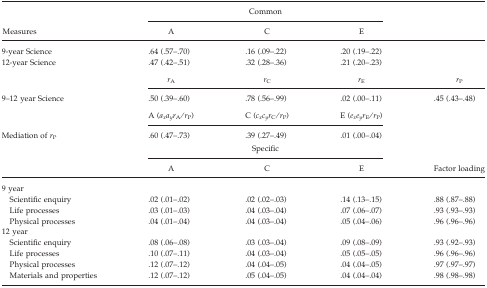
<table><thead><tr><td>[EMPTY_CELL]</td><td colspan="3"><b>Common</b></td><td>[EMPTY_CELL]</td></tr><tr><td><b>Measures</b></td><td><b>A</b></td><td><b>C</b></td><td><b>E</b></td><td>[EMPTY_CELL]</td></tr></thead><tbody><tr><td>9-year Science</td><td>.64 (.57–.70)</td><td>.16 (.09–.22)</td><td>.20 (.19–.22)</td><td>[EMPTY_CELL]</td></tr><tr><td>12-year Science</td><td>.47 (.42–.51)</td><td>.32 (.28–.36)</td><td>.21 (.20–.23)</td><td>[EMPTY_CELL]</td></tr><tr><td>[EMPTY_CELL]</td><td><i>r</i><sub>A</sub></td><td><i>r</i><sub>C</sub></td><td><i>r</i><sub>E</sub></td><td><i>r</i><sub>P</sub></td></tr><tr><td>9–12 year Science</td><td>.50 (.39–.60)</td><td>.78 (.56–.99)</td><td>.02 (.00–.11)</td><td>.45 (.43–.48)</td></tr><tr><td>[EMPTY_CELL]</td><td>A (<i>a</i><sub><i>x</i></sub><i>a</i><sub><i>y</i></sub><i>r</i><sub>A</sub>/<i>r</i><sub>P</sub>)</td><td>C (<i>c</i><sub><i>x</i></sub><i>c</i><sub><i>y</i></sub><i>r</i><sub>C</sub>/<i>r</i><sub>P</sub>)</td><td>E (<i>e</i><sub><i>x</i></sub><i>e</i><sub><i>y</i></sub><i>r</i><sub>E</sub>/<i>r</i><sub>P</sub>)</td><td>[EMPTY_CELL]</td></tr><tr><td>Mediation of <i>r</i><sub>P</sub></td><td>.60 (.47–.73)</td><td>.39 (.27–.49)</td><td>.01 (.00–.04)</td><td>[EMPTY_CELL]</td></tr><tr><td>[EMPTY_CELL]</td><td colspan="3">Specific</td><td>[EMPTY_CELL]</td></tr><tr><td>[EMPTY_CELL]</td><td>A</td><td>C</td><td>E</td><td>Factor loading</td></tr><tr><td colspan="5">9 year</td></tr><tr><td>Scientific enquiry</td><td>.02 (.01–.02)</td><td>.02 (.02–.03)</td><td>.14 (.13–.15)</td><td>.88 (.87–.88)</td></tr><tr><td>Life processes</td><td>.03 (.01–.03)</td><td>.04 (.03–.04)</td><td>.07 (.06–.07)</td><td>.93 (.93–.93)</td></tr><tr><td>Physical processes</td><td>.04 (.01–.04)</td><td>.04 (.03–.04)</td><td>.05 (.04–.06)</td><td>.96 (.96–.96)</td></tr><tr><td colspan="5">12 year</td></tr><tr><td>Scientific enquiry</td><td>.08 (.06–.08)</td><td>.03 (.03–.04)</td><td>.09 (.08–.09)</td><td>.93 (.92–.93)</td></tr><tr><td>Life processes</td><td>.10 (.07–.11)</td><td>.04 (.03–.04)</td><td>.05 (.05–.05)</td><td>.96 (.96–.96)</td></tr><tr><td>Physical processes</td><td>.12 (.07–.12)</td><td>.04 (.04–.05)</td><td>.04 (.04–.05)</td><td>.97 (.97–.97)</td></tr><tr><td>Materials and properties</td><td>.12 (.07–.12)</td><td>.05 (.04–.05)</td><td>.04 (.04–.04)</td><td>.98 (.98–.98)</td></tr></tbody></table>